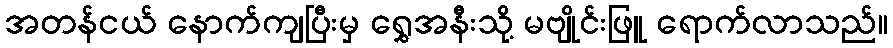
အတန်ငယ် နောက်ကျပြီးမှ ရွှေအနီးသို့ မဗျိုင်းဖြူ ရောက်လာသည်။